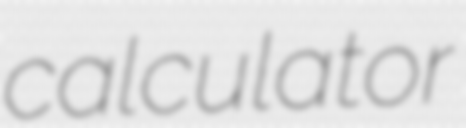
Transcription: calculator